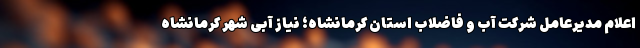
اعلام مدیرعامل شرکت آب و فاضلاب استان کرمانشاه؛ نیاز آبی شهر کرمانشاه